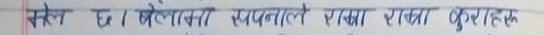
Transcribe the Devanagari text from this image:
सकेल छ। पसका सपनाले राधा राधा कुराहत